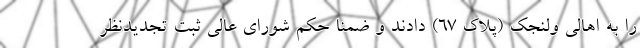
را به اهالی ولنجک (پلاک ۶۷) دادند و ضمناً حکم شورای عالی ثبت تجدیدنظر